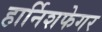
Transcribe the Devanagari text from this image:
हार्निशफेगर